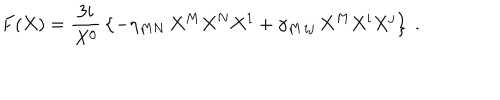
LaTeX: F ( X ) = { \frac { 3 i } { X ^ { 0 } } } \left\{ - \eta _ { M N } \, X ^ { M } X ^ { N } X ^ { 1 } + \gamma _ { M \, i j } \, X ^ { M } X ^ { i } X ^ { j } \right\} \ .